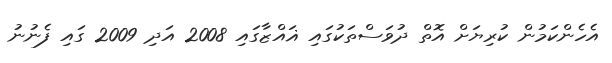
އެހެންކަމުން ކުރިޔަށް އޮތް ދުވަސްތަކުގައި ޣައްޒާގައި 2008 އަދި 2009 ގައި ފެނުނު